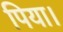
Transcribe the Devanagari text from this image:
पिया।